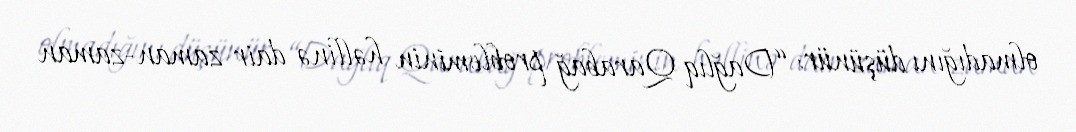
olmadığını düşünür: “Dağlıq Qarabağ probleminin həllinə dair zaman-zaman